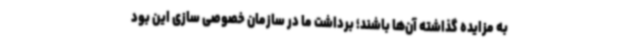
به مزایده گذاشته آن‌ها باشند؛ برداشت ما در سازمان خصوصی سازی این بود